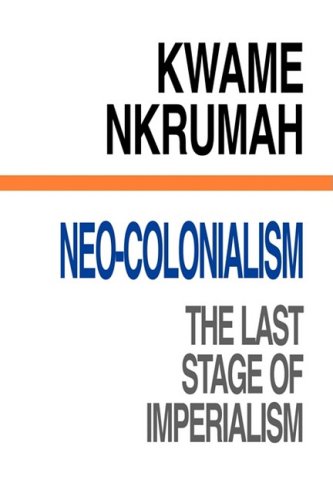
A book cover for Neo-Colonialism : The Last Stage of Imperialism; Business & Money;